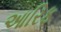
આરિફ